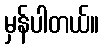
မှန်ပါတယ်။